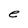
Character: e